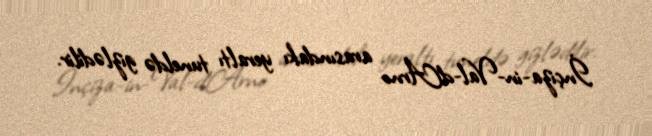
İnçiza-in-Val-d’Arno arasındakı yeraltı tuneldə gizlədilir.